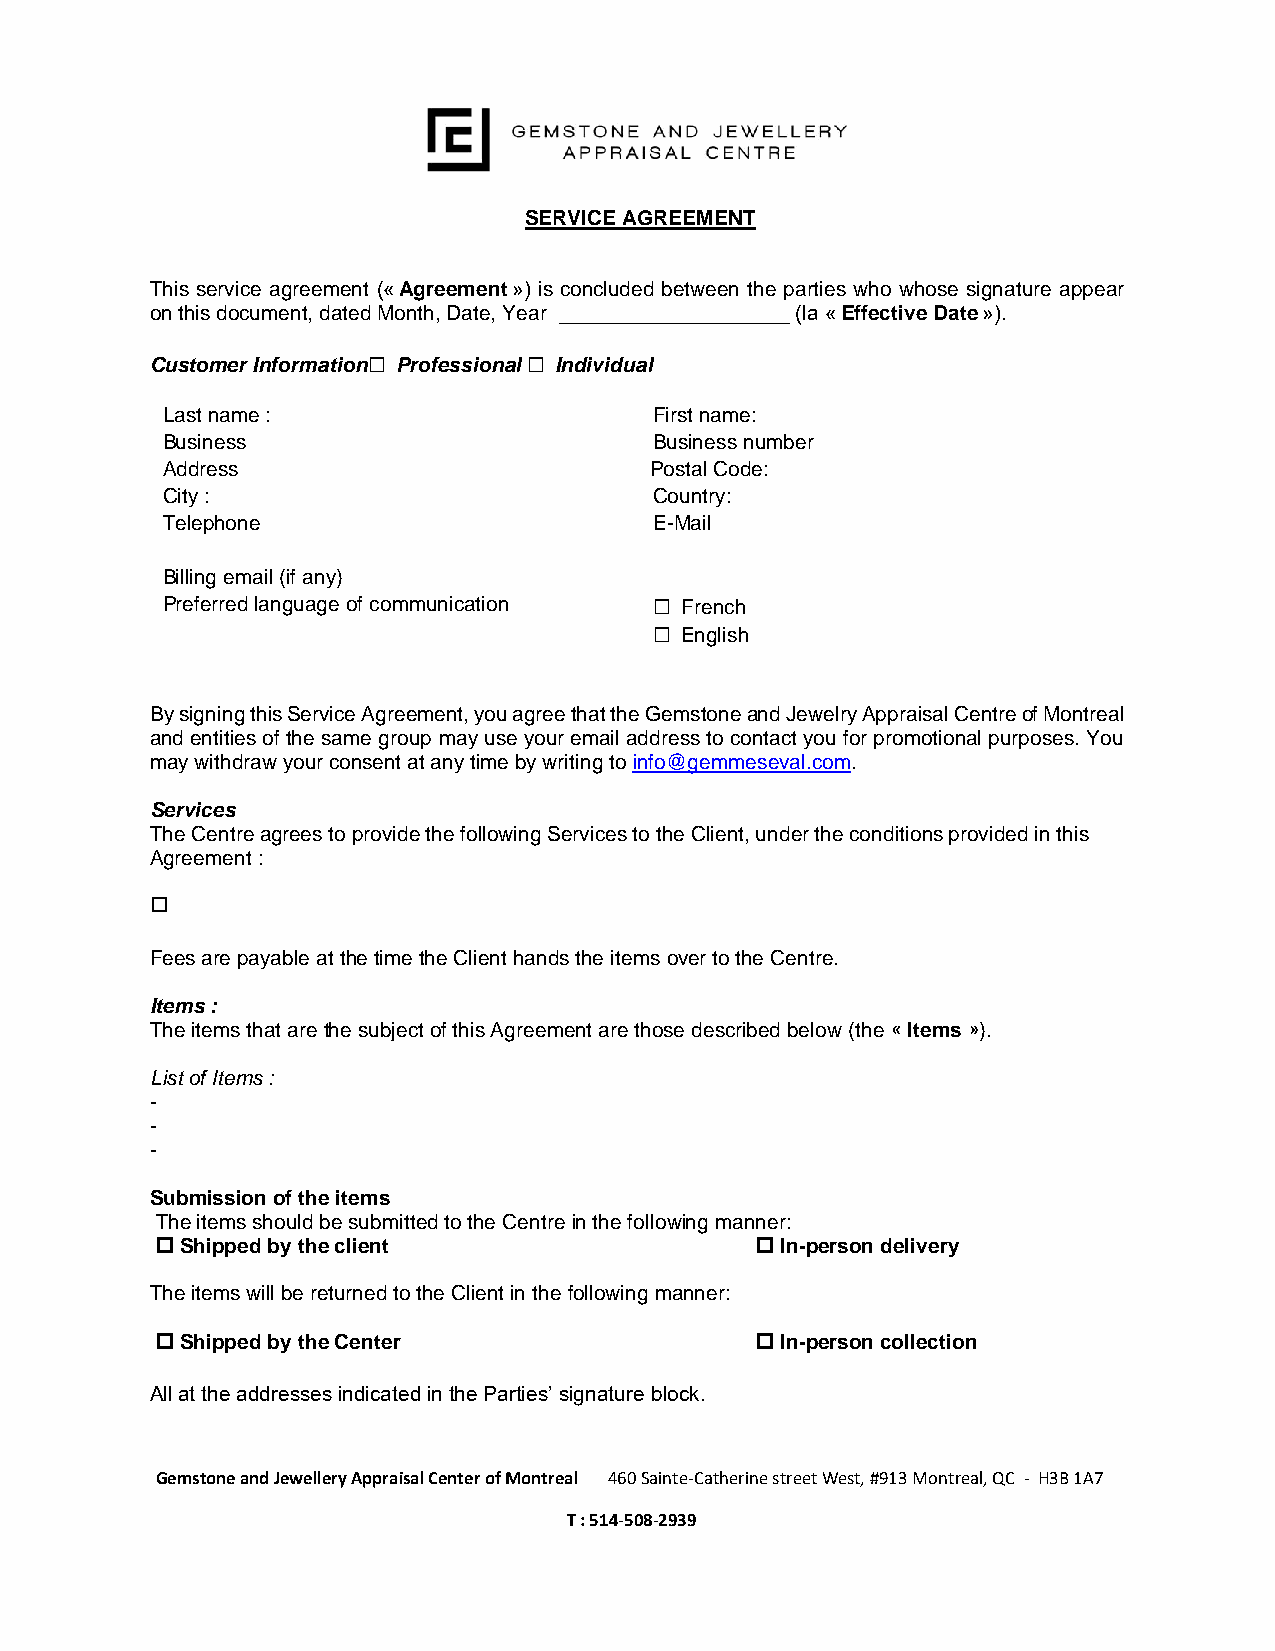
SERVICE AGREEMENT
 This service agreement (« Agreement ») is concluded between the parties who whose signature appear
 on this document, dated Month, Date, Year ____________________ (la « Effective Date »).
 Customer Information☐ Professional ☐ Individual
 Last name :                     F irst name:
 Business                        B usiness number
 A ddress                        Postal Code:
 C ity :                         Country:
 Telephone                       E-Mail
 B illing email (if any)
 Preferred language of communication ☐ French
 ☐ English
 By signing this Service Agreement, you agree that the Gemstone and Jewelry Appraisal Centre of Montreal
 and entities of the same group may use your email address to contact you for promotional purposes. You
 may withdraw your consent at any time by writing to info@gemmeseval.com.
 Services
 The Centre agrees to provide the following Services to the Client, under the conditions provided in this
 Agreement :
 
 Fees are payable at the time the Client hands the items over to the Centre.
 Items :
 The items that are the subject of this Agreement are those described below (the « Items »).
 List of Items :
 -
 -
 -
 Submission of the items
 The items should be submitted to the Centre in the following manner:
  Shipped by the client                  In-person delivery
 The items will be returned to the Client in the following manner:
  Shipped by the Center                  In-person collection
 All at the addresses indicated in the Parties’ signature block.
 Gemstone and Jewellery Appraisal Center of Montreal 460 Sainte-Catherine street West, #913 Montreal, QC - H3B 1A7
 T : 514-508-2939